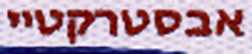
אבסטרקטיי